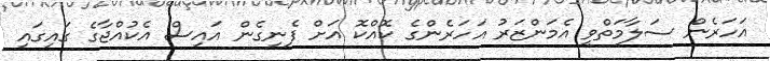
އަހަރެން ސަލާމަތްވީ އެމަންޒަރު އަހަރެންގެ ކޮއްކޮ އަށް ފެނިގެން އައިސް އެކުއްޖާގެ ގައިގައި